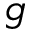
g